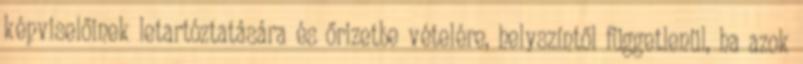
képviselőinek letartóztatására és őrizetbe vételére, helyszíntől függetlenül, ha azok